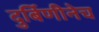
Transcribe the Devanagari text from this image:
दुर्बिणीनेच